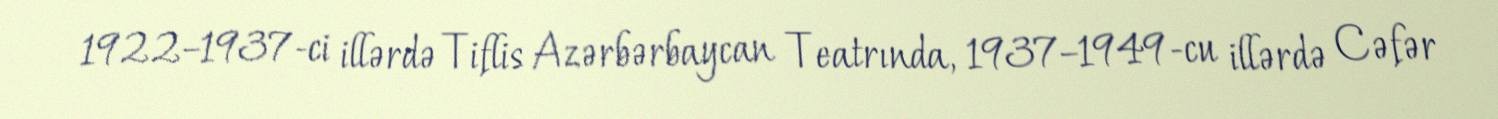
1922–1937-ci illərdə Tiflis Azərbərbaycan Teatrında, 1937–1949-cu illərdə Cəfər